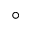
^ \circ